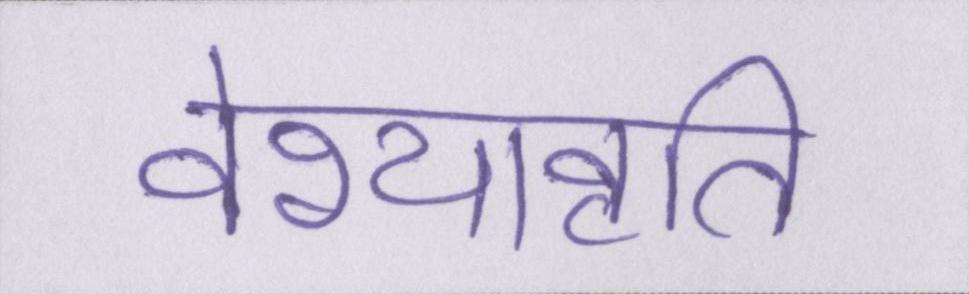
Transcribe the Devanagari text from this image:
वेश्यावृति